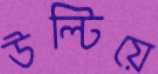
উল্টিয়ে